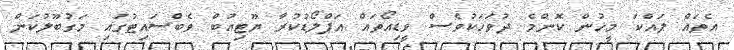
އެތައް ލައްކަ މީހުން ކޮންމެ ދުވަހަކުވެސް ވީޑިއޯތައް އަޕްލޯޑުކުރާ ޔޫޓިއުބް ވެބްސައިޓުގައި މަގުބޫލުކަން